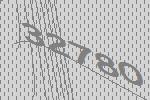
32780